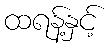
ထရန့်နှင့်